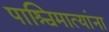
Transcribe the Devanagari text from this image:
पाश्चिमात्यांना